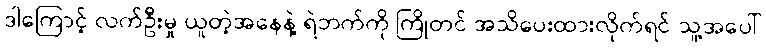
ဒါကြောင့် လက်ဦးမှု ယူတဲ့အနေနဲ့ ရဲဘက်ကို ကြိုတင် အသိပေးထားလိုက်ရင် သူ့အပေါ်